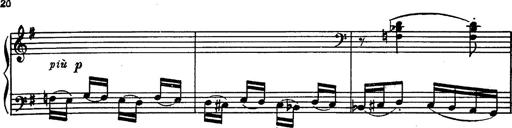
Title: Magyar rapszÃ³diÃ¡k
Composer: Franz Liszt